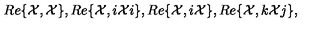
R e \{ { \cal X } , { \cal X } \} , R e \{ { \cal X } , i { \cal X } i \} , R e \{ { \cal X } , i { \cal X } \} , R e \{ { \cal X } , k { \cal X } j \} ,